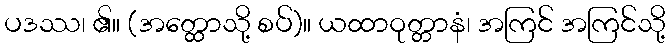
ပဒဿ၊ ၏။ (အတ္ထောသို့ စပ်)။ ယထာဝုတ္တာနံ၊ အကြင် အကြင်သို့